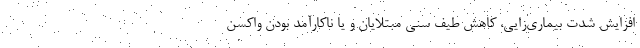
افزایش شدت بیماری‌زایی، کاهش طیف سنی مبتلایان و یا ناکارآمد بودن واکسن